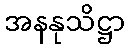
အနနုသိဋ္ဌာ